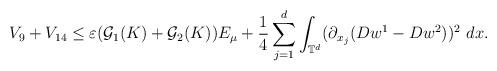
LaTeX: \begin{align*}V_{9}+V_{14}\leq \varepsilon(\mathcal{G}_{1}(K)+\mathcal{G}_{2}(K))E_{\mu}+\frac{1}{4}\sum_{j=1}^{d}\int_{\mathbb{T}^{d}}(\partial_{x_{j}}(Dw^{1}-Dw^{2}))^{2}\ dx.\end{align*}